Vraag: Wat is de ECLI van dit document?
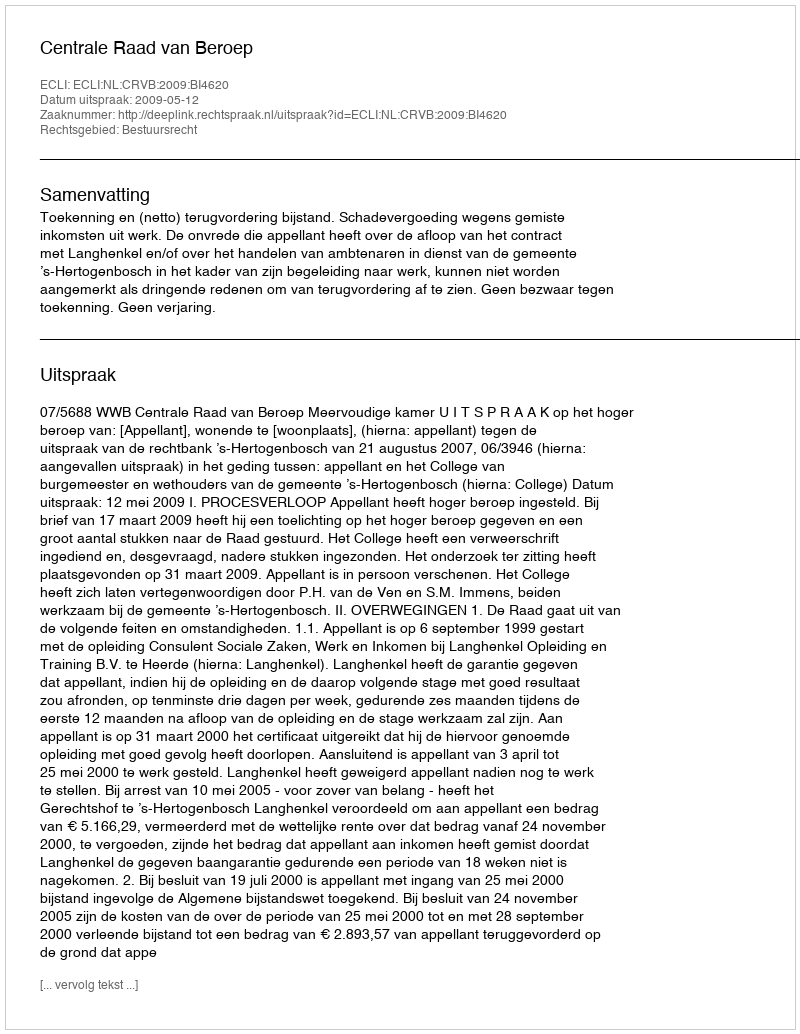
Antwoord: ECLI:NL:CRVB:2009:BI4620